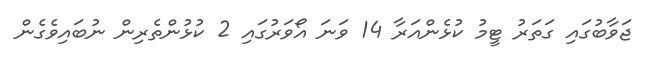
ޖަވާބުގައި ގަތަރު ޓީމު ކުޅެންއަރާ 14 ވަނަ އޯވަރުގައި 2 ކުޅުންތެރިން ނުބައިވެގެން